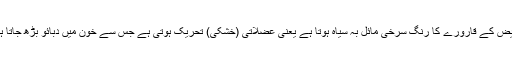
مریض کے قارورے کا رنگ سرخی مائل بہ سیاہ ہوتا ہے یعنی عضلاتی (خشکی) تحریک ہوتی ہے جس سے خون میں دبائو بڑھ جاتا ہے۔